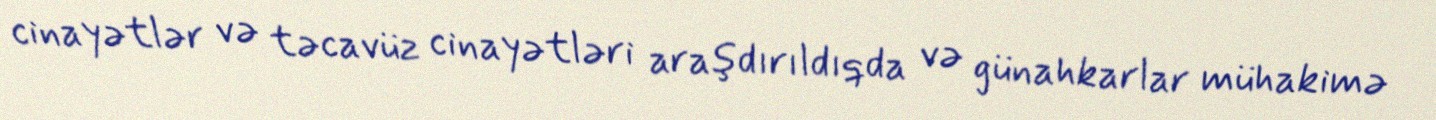
cinayətlər və təcavüz cinayətləri araşdırıldıqda və günahkarlar mühakimə